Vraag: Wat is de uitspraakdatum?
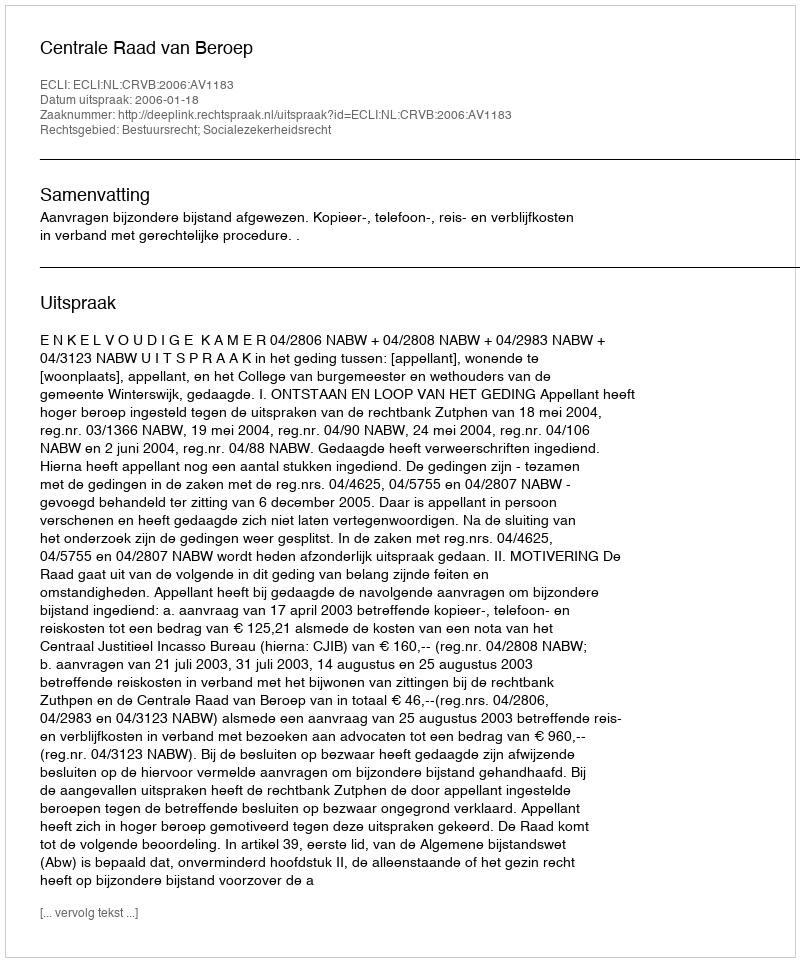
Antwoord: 2006-01-18